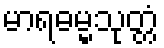
မာရဓမ္မသုတ္တံ